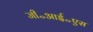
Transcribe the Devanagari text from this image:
जी॰आई॰एस